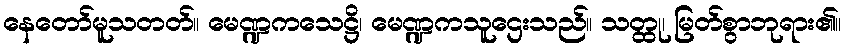
နေတော်မူသတတ်။ မေဏ္ဍကသေဋ္ဌိ၊ မေဏ္ဍကသူဌေးသည်။ သတ္ထု၊ မြတ်စွာဘုရား၏။